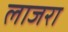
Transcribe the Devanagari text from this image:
लाजरा